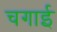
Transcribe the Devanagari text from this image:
चगाई